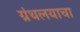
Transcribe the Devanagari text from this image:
ग्रंथलयाचा